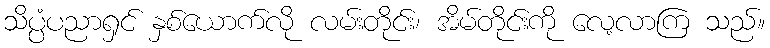
သိပ္ပံပညာရှင် နှစ်ယောက်လို လမ်းတိုင်း၊ အိမ်တိုင်းကို လေ့လာကြ သည်။